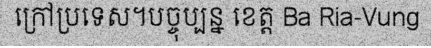
ក្រៅប្រទេស។បច្ចុប្បន្ន ខេត្ត Ba Ria-Vung